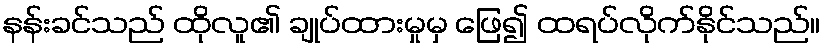
နန်းခင်သည် ထိုလူ၏ ချုပ်ထားမှုမှ ဖြေ၍ ထရပ်လိုက်နိုင်သည်။